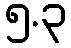
၅.၃